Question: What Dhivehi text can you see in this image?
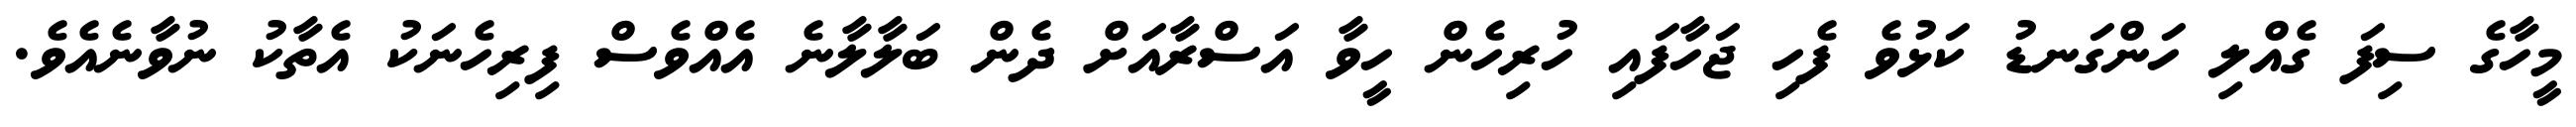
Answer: މީހާގެ ސިފަ ގެއްލި ހަންގަނޑު ކަޅުވެ ފެހި ޖަހާފައި ހުރިހެން ހީވާ އަސްރާއަށް ދެން ބަލާލާނެ އެއްވެސް ފިރިހެނަކު އެތާކު ނުވާނެއެވެ.